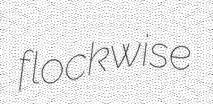
flockwise